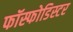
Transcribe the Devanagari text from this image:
फॉस्फोडिस्टर